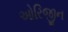
ઓરિજીન